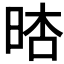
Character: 𣇏